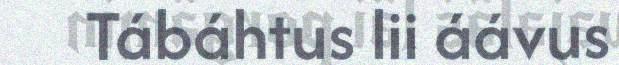
Tábáhtus lii áávus